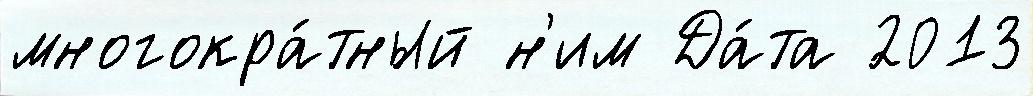
многокра́тный н'им Да́та 2013